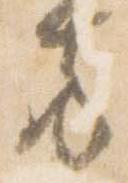
方